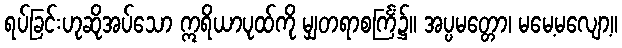
ရပ်ခြင်းဟုဆိုအပ်သော ဣရိယာပုထ်ကို မျှတရာစင်္ကြံ၌။ အပ္ပမတ္တော၊ မမေ့မလျော့။